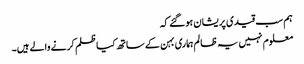
ہم سب قیدی پریشان ہوگئے کہ
معلوم نہیں یہ ظالم ہماری بہن کے ساتھ کیا ظلم کرنے والے ہیں۔